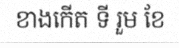
ខាងកើត ទី រួម ខែ